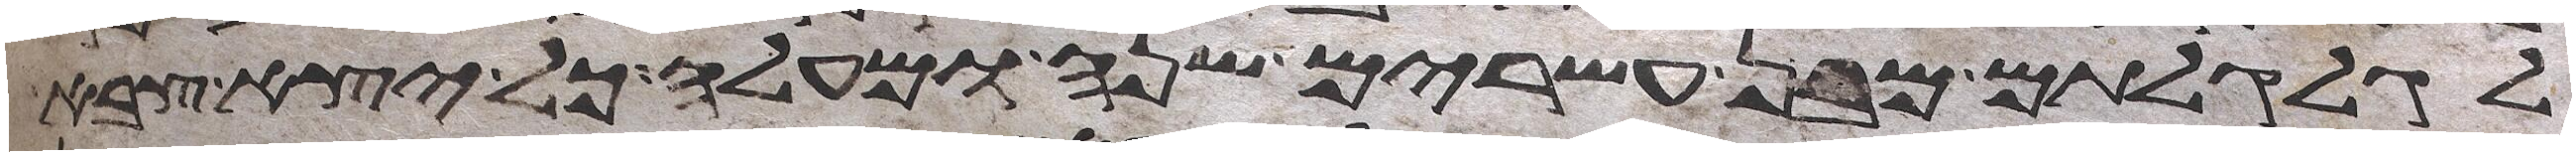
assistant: לגלגלתם מבן עשרים שנה ומעלה כל יצא צבא